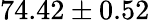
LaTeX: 74.42\pm 0.52\